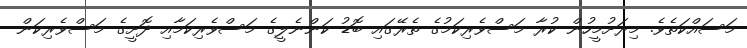
މަސައްކަތެވެ. މިރަށުމީހުން ކުރާ މަސްވެރިކަމުގެ ތެރޭގައި ބޮޑު ކަންނެލީގެ މަސްވެރިކަމާއި ދޮށީގެ މަސްވެރިކަން